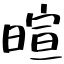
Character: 暄